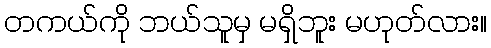
တကယ်ကို ဘယ်သူမှ မရှိဘူး မဟုတ်လား။